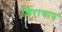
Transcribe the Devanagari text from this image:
शिराचाप